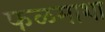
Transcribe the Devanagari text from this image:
फळमाशा